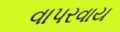
વાપરવાય